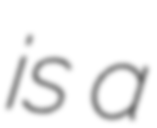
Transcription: is a